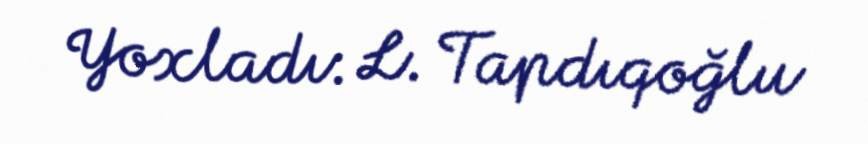
Yoxladı: L. Tapdıqoğlu